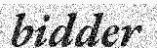
bidder